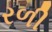
રળી